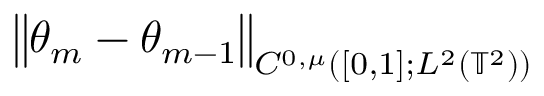
\begin{array} { r l } { \lefteqn { \big \| \theta _ { m } - \theta _ { m - 1 } \big \| _ { C ^ { 0 , \mu } ( [ 0 , 1 ] ; L ^ { 2 } ( \ensuremath { \mathbb { T } } ^ { 2 } ) ) } } \quad } & { { } } \end{array}